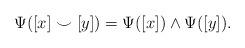
LaTeX: \begin{align*} \Psi( [x] \smile [y] ) = \Psi([x]) \wedge \Psi([y]). \end{align*}